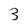
Character: 3